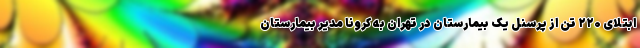
ابتلای ۲۲۰ تن از پرسنل یک بیمارستان در تهران به کرونا مدیر بیمارستان